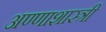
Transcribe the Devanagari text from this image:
अण्णाशास्त्री